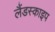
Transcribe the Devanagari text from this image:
लैंडस्काइप